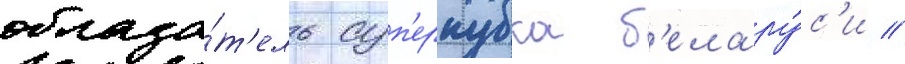
облада́т'ель суп'еркубка б'елару́с'и //